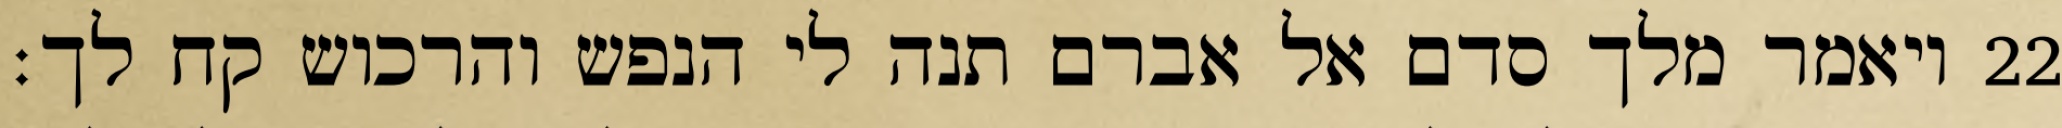
ויאמר מלך סדם אל אברם תנה לי הנפש והרכוש קח לך׃ ‎22‏